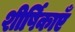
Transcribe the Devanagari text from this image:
शीर्षिकाएँ